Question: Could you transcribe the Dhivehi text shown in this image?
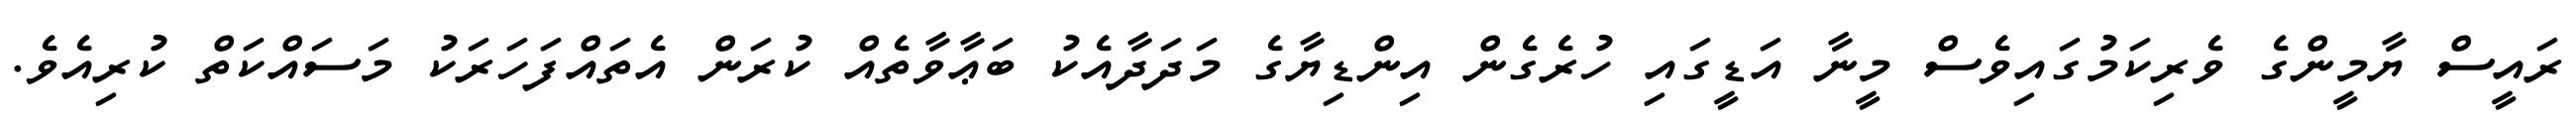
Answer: ރައީސް ޔާމީންގެ ވެރިކަމުގައިވެސް މީނާ އަޑީގައި ހުރެގެން އިންޑިޔާގެ މަދަދާއެކު ބަޢާވާތެއް ކުރަން އެތައްފަހަރަކު މަސައްކަތް ކުރިއެވެ.